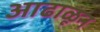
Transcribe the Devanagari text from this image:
आढाळून